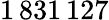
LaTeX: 1\, 831\, 127